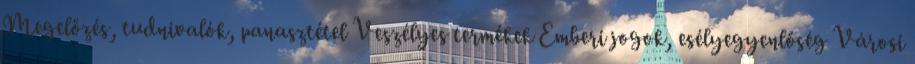
Megelőzés, tudnivalók, panasztétel Veszélyes termékek Emberi jogok, esélyegyenlőség Városi